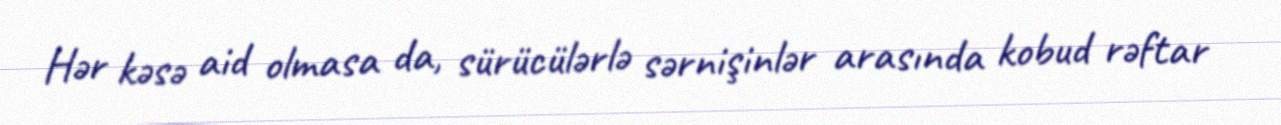
Hər kəsə aid olmasa da, sürücülərlə sərnişinlər arasında kobud rəftar